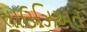
તાઉઝિઅત